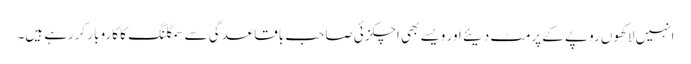
انہیں لاکھوں روپے کے پرمٹ دیئے اور ویسے بھی اچکزئی صاحب باقاعدگی سے سمگلنگ کا کاروبار کررہے ہیں۔